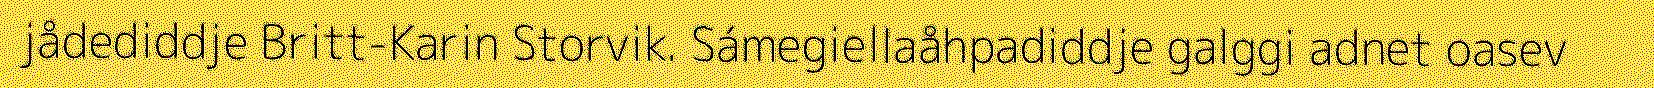
jådediddje Britt-Karin Storvik. Sámegiellaåhpadiddje galggi adnet oasev